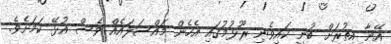
އޭނާ އިތުރަށް ބުނީ ކައިވެނި ރޫޅުމުގައި އެހެން މައްސަލައެއް ވެސް އުޅޭ ކަމަށެވެ.